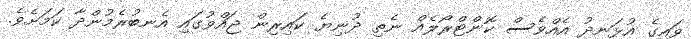
ވައިގެ އުޅަނދު އެއްވެސް ކޮންޓްރޯލެއް ނެތި ދުނިޔެ ކައިރިން ޖައްވުގައި އެނބުރެމުންދާ ކަމަށެވެ.